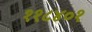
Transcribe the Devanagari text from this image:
११८४०१